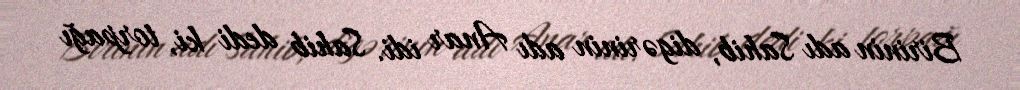
Birinin adı Sahib, digərinin adı Anar idi. Sahib dedi ki, torpağı